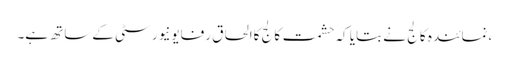
،نمائندہ کالج نے بتایا کہ حشمت کالج کاالحاق رفایونیورسٹی کےساتھ ہے۔